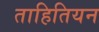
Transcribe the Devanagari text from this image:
ताहितियन